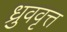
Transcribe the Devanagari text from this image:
ध्रुववृत्त